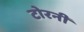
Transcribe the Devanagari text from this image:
टोरनी